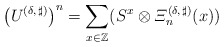
\begin{align*}\left(U^{(\delta,\,\sharp)}\right)^n = \sum_{x\in\mathbb{Z}} (S^x\otimes \varXi_n^{(\delta,\,\sharp)}(x))\end{align*}